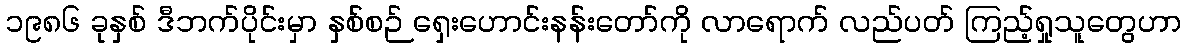
၁၉၈၆ ခုနှစ် ဒီဘက်ပိုင်းမှာ နှစ်စဉ် ရှေးဟောင်းနန်းတော်ကို လာရောက် လည်ပတ် ကြည့်ရှုသူတွေဟာ